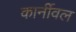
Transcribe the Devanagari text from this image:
कार्नीवल